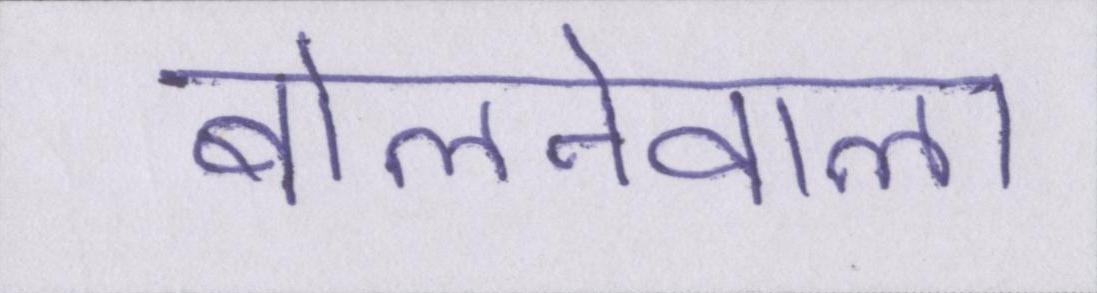
बोलनेवाला